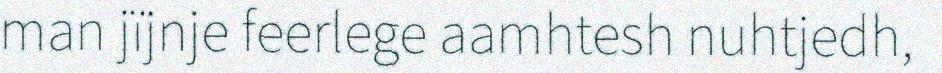
man jïjnje feerlege aamhtesh nuhtjedh,